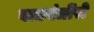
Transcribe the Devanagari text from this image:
वाद्ययंत्रोंसे